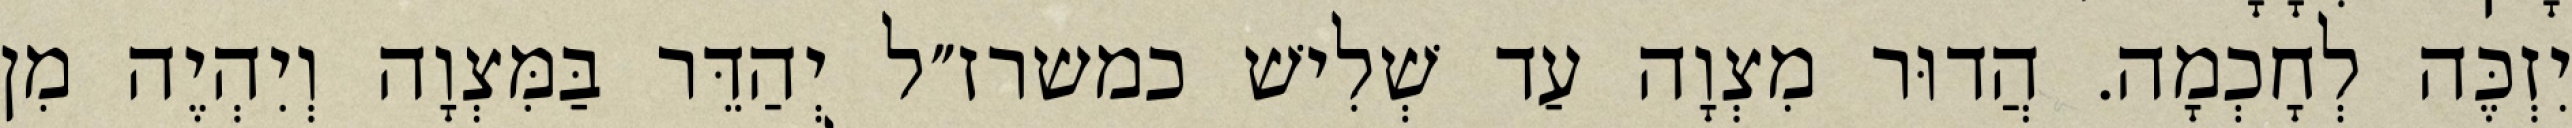
יִזְכֶּה לְחָכְמָה. הֲדוּר מִצְוָה עַד שְׁלִישׁ כמשרז״ל יְהַדֵּר בַּמִּצְוָה וְיִהְיֶה מִן